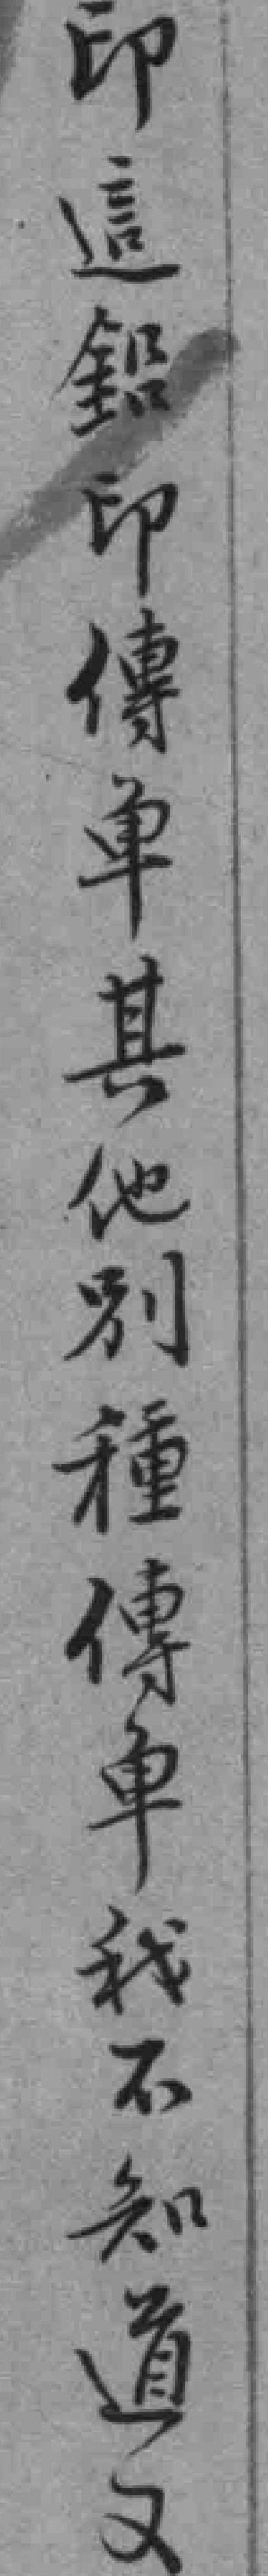
印這鉛印傳車其他別種傳单我不知道又